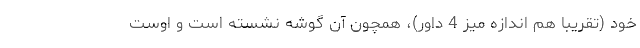
خود (تقریبا هم اندازه میز 4 داور)، همچون آن گوشه نشسته است و اوست